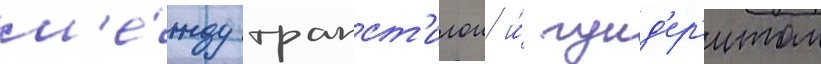
м'е́жду трапст'илои и́ гунд'ер'итом